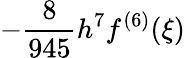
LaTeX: -{\frac{8}{945}}h^{7}f^{(6)}(\xi)